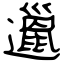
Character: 邋